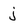
Character: j